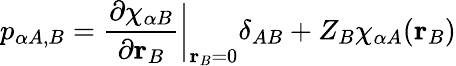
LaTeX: p_{\alpha A,B}=\frac{\partial\chi_{\alpha B}}{\partial\mathbf{r}_{B}}\bigg|_{\mathbf{r}_{B}=0}\delta_{AB}+Z_{B}\chi_{\alpha A}(\mathbf{r}_{B})